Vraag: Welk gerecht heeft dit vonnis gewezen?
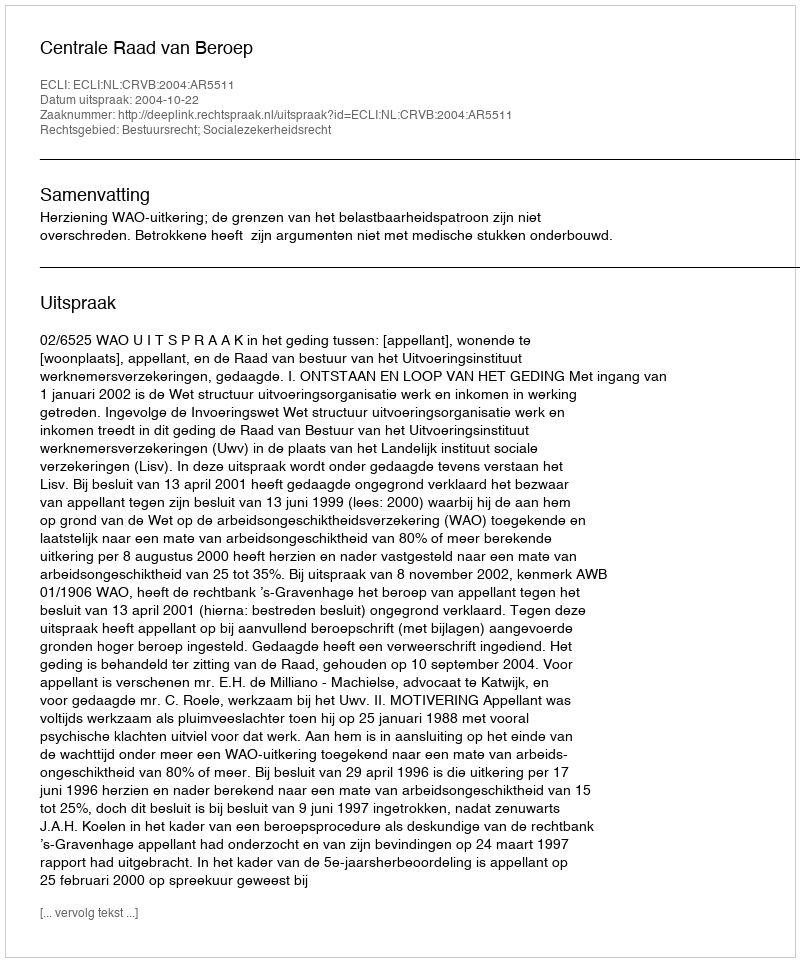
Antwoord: Centrale Raad van Beroep